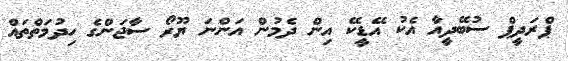
ޕްރަދީޕް ސުބޭދީއާ އެކު އޭޑީކޭ އިން ދެމުން އަންނަ ޔޫރޯ ސާޖަންގެ ހިދުމަތްތައް